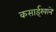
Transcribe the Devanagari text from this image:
कसाईखाने